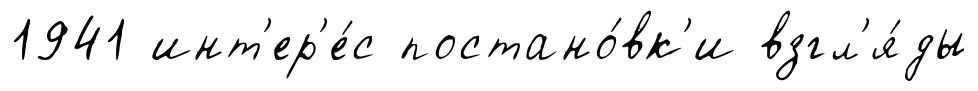
1941 инт'ер'е́с постано́вк'и взгл'я́ды